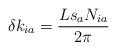
LaTeX: \begin{align*} \delta k_{ia} = \frac{L s_aN_{ia}}{2\pi}\end{align*}